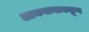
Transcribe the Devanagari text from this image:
आकलनाकडून